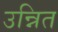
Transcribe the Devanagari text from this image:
उन्नित